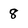
Character: 8